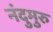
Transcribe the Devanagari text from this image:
नंदुमुरु